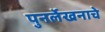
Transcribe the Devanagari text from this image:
पुनर्लेखनाचे